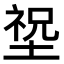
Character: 𡎺